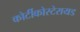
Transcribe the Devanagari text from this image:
कोर्टीकोस्टेरायड